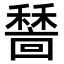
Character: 𥢺